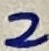
Text: 2